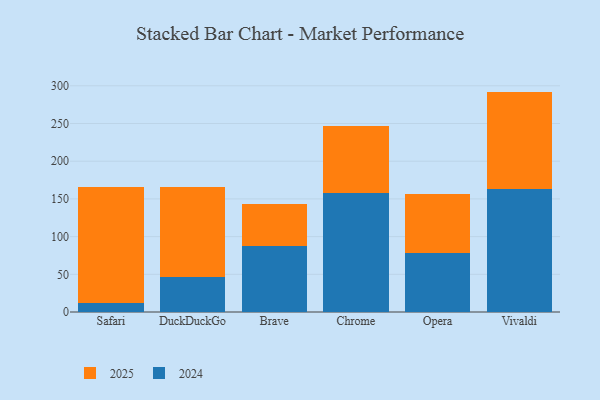
{"axis": {"x": "Browser", "y": "Net Income (USD K)"}, "legend": ["2024", "2025"], "data": [{"x": "Safari", "y": 12.1, "type": "2024"}, {"x": "Safari", "y": 153.5, "type": "2025"}, {"x": "DuckDuckGo", "y": 46.6, "type": "2024"}, {"x": "DuckDuckGo", "y": 119.2, "type": "2025"}, {"x": "Brave", "y": 86.9, "type": "2024"}, {"x": "Brave", "y": 56.3, "type": "2025"}, {"x": "Chrome", "y": 157.4, "type": "2024"}, {"x": "Chrome", "y": 89.8, "type": "2025"}, {"x": "Opera", "y": 78.1, "type": "2024"}, {"x": "Opera", "y": 78.1, "type": "2025"}, {"x": "Vivaldi", "y": 163.6, "type": "2024"}, {"x": "Vivaldi", "y": 128.7, "type": "2025"}]}